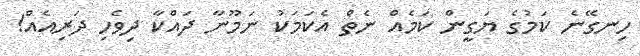
ހިނގޭނެ ކަމުގެ ޔަގީން ކަމެއް ނެތް އެކަމަކު ނަމޫނާ ދައްކާ ދިވެހި ދަރިއެއް!